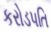
કરોડપતિ